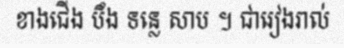
ខាងជើង បឹង ទន្លេ សាប ។ ជារៀងរាល់